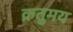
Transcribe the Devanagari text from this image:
क्रतुमय